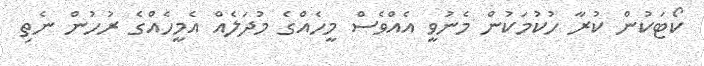
ކޯޓަކުން ކުރާ ހުކުމަކުން މެނުވީ އެއްވެސް މީހެއްގެ މުދަލެއް އެމީހެއްގެ ރުހުން ނެތި